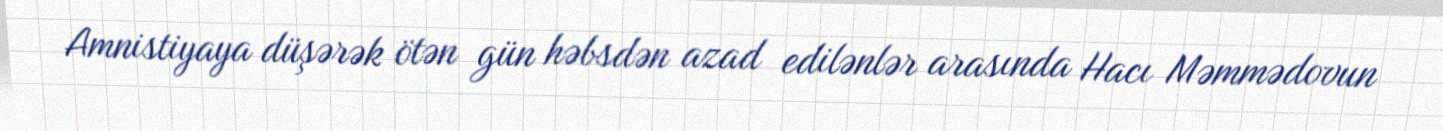
Amnistiyaya düşərək ötən gün həbsdən azad edilənlər arasında Hacı Məmmədovun